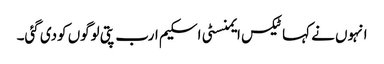
انہوں نے کہا ٹیکس ایمنسٹی اسکیم ارب پتی لوگوں کودی گئی۔